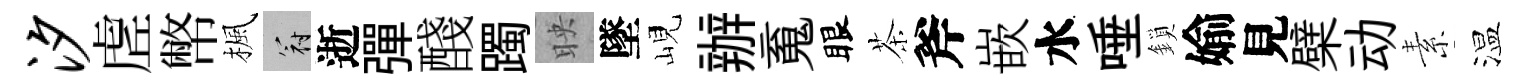
汐虗幣楓冠逝彈醆躅映墜峴辦䰟眼茶斧嵌水唾鎖媮見檗动素温